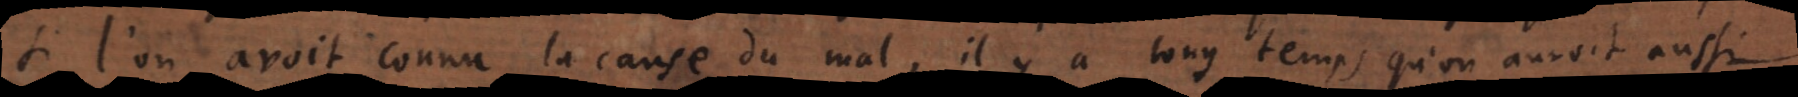
si l’on avoit connu la cause du mal, il y a long temps qu’on auroit aussi